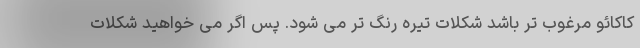
کاکائو مرغوب تر باشد شکلات تیره رنگ تر می شود. پس اگر می خواهید شکلات